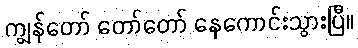
ကျွန်တော် တော်တော် နေကောင်းသွားပြီ။